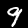
Digit: 9